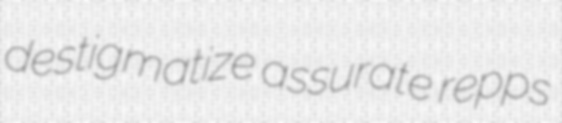
destigmatize assurate repps